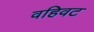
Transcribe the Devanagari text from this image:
वहिवट